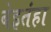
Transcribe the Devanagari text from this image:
बेइतंहा